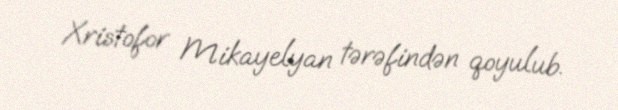
Xristofor Mikayelyan tərəfindən qoyulub.